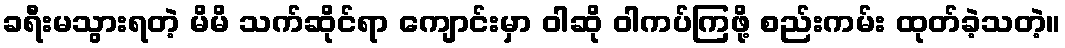
ခရီးမသွားရတဲ့ မိမိ သက်ဆိုင်ရာ ကျောင်းမှာ ဝါဆို ဝါကပ်ကြဖို့ စည်းကမ်း ထုတ်ခဲ့သတဲ့။